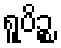
ရူပိဉ္စ